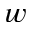
w